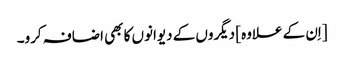
[اِن کے علاوہ] دیگروں کے دیوانوں کا بھی اضافہ کرو۔